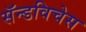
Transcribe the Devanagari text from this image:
सॅन्डविचेस